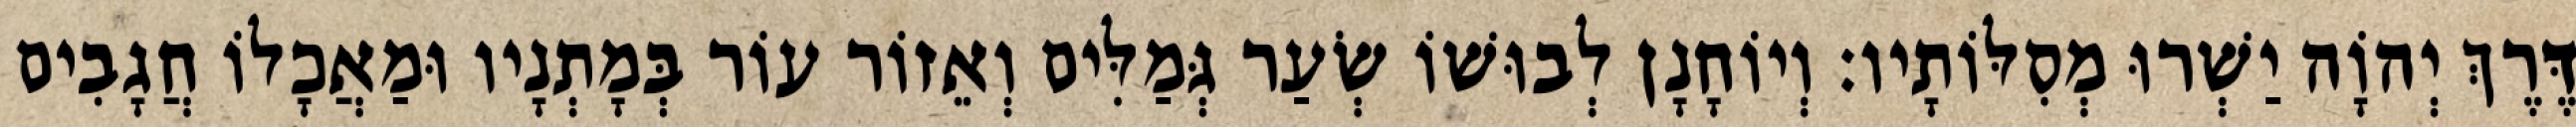
דֶּרֶךְ יְהוָֹה יַשְׁרוּ מְסִלּוֹתָיו׃ וְיוֹחָנָן לְבוּשׁוֹ שְׂעַר גְּמַלִּים וְאֵזוֹר עוֹר בְּמָתְנָיו וּמַאֲכָלוֹ חֲגָבִים